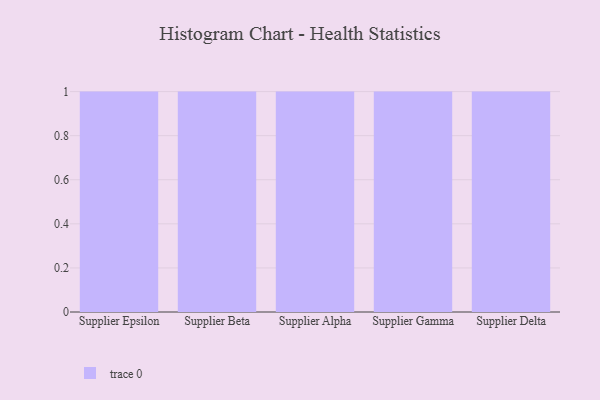
{"axis": {"x": "Supplier", "y": "Gross Profit (USD K)"}, "legend": [""], "data": [{"x": "Supplier Epsilon", "y": 61, "type": ""}, {"x": "Supplier Beta", "y": 10, "type": ""}, {"x": "Supplier Alpha", "y": 22, "type": ""}, {"x": "Supplier Gamma", "y": 68, "type": ""}, {"x": "Supplier Delta", "y": 2, "type": ""}]}